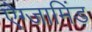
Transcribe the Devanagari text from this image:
ऐग्जामिंड